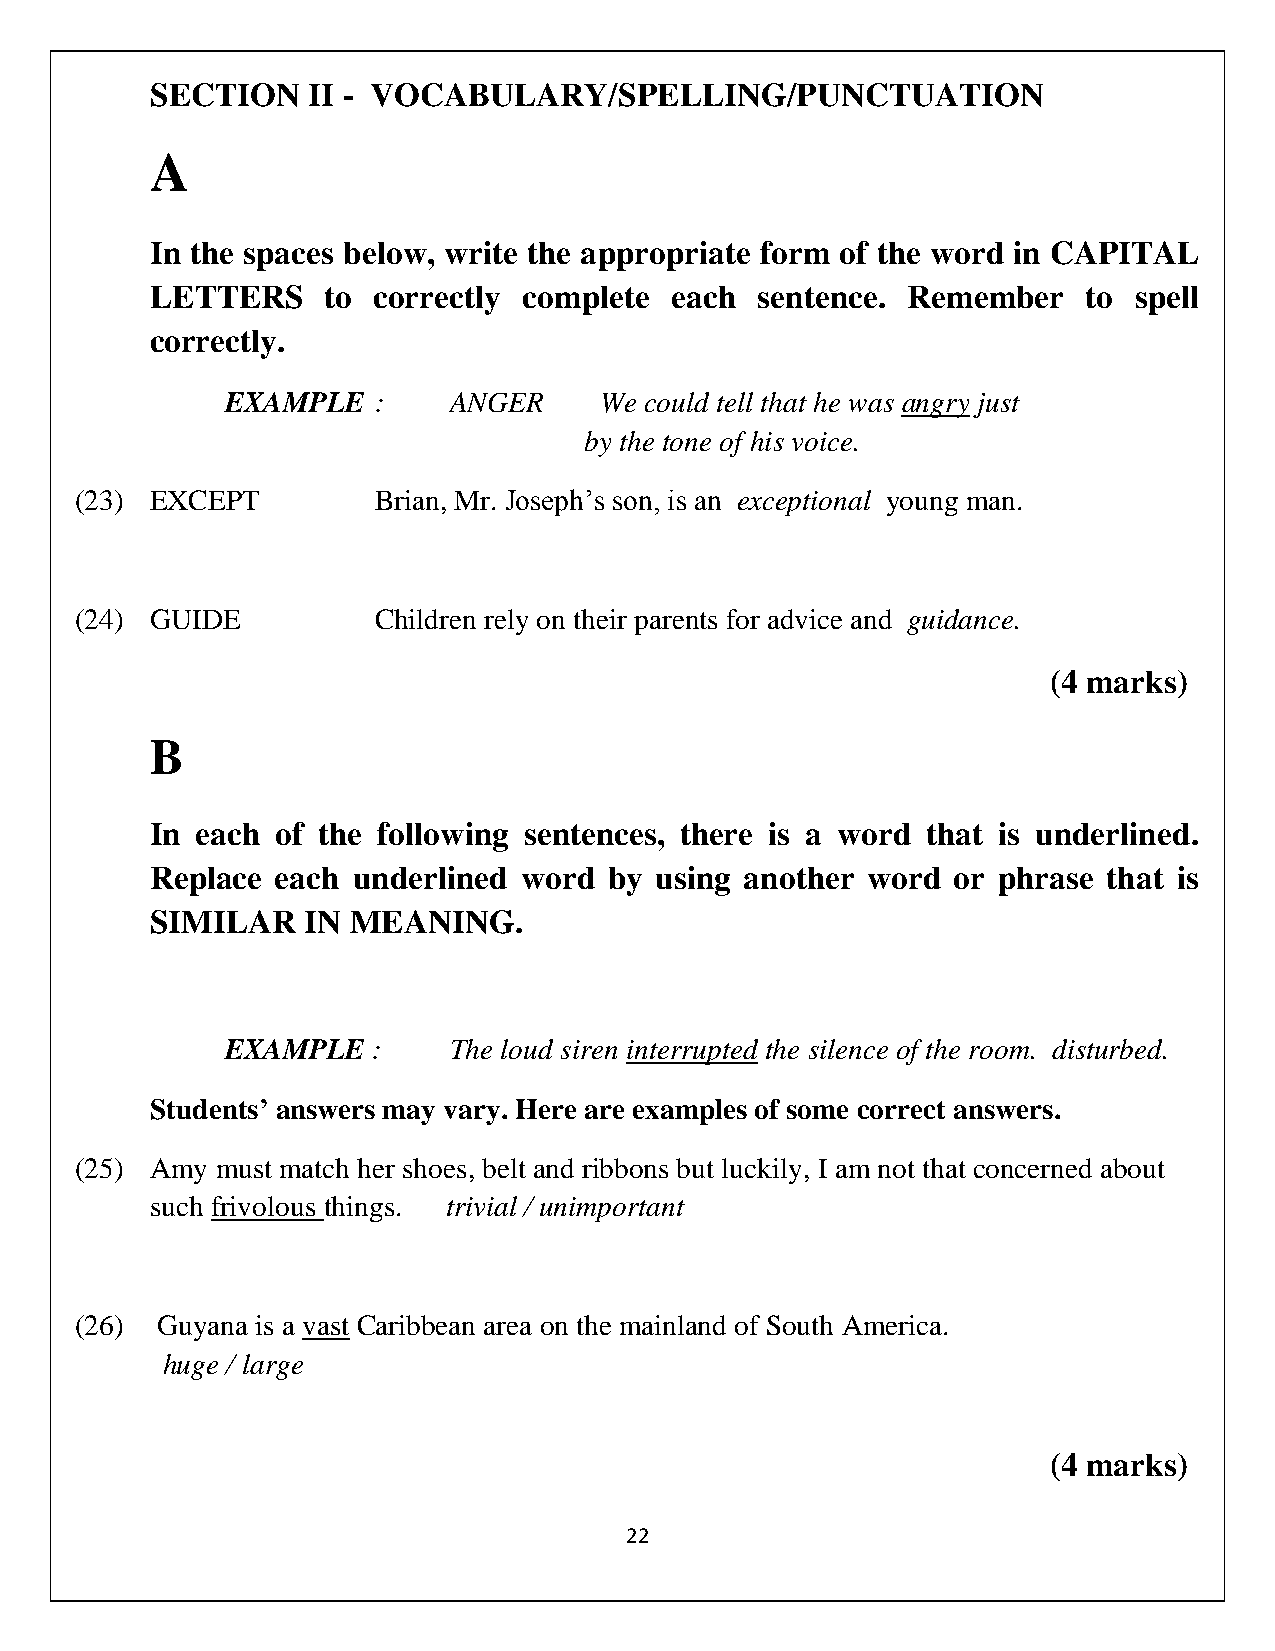
SECTION   II - VOCABULARY/SPELLING/PUNCTUATION
 A
 In the spaces below, write the appropriate form of the word in CAPITAL
 LETTERS     to correctly complete each  sentence. Remember    to spell
 correctly.
 EXAMPLE   :    ANGER     We could tell that he was angry just
 by the tone of his voice.
 (23) EXCEPT         Brian, Mr. Joseph’s son, is an exceptional young man.
 (24) GUIDE          Children rely on their parents for advice and guidance.
 (4 marks)
 B
 In each of the following sentences, there is a word that is underlined.
 Replace each underlined word  by using another word  or phrase that is
 SIMILAR   IN MEANING.
 EXAMPLE   :    The loud siren interrupted the silence of the room. disturbed.
 Students’ answers may vary. Here are examples of some correct answers.
 (25) Amy must match her shoes, belt and ribbons but luckily, I am not that concerned about
 such frivolous things. trivial / unimportant
 (26) Guyana is a vast Caribbean area on the mainland of South America.
 huge / large
 (4 marks)
 22